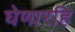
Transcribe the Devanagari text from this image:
घेणारहि